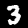
Digit: 3